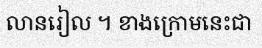
លានរៀល ។ ខាងក្រោមនេះជា